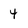
Character: 4